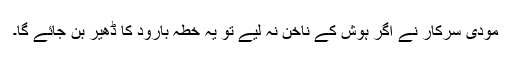
مودی سرکار نے اگر ہوش کے ناخن نہ لیے تو یہ خطہ بارود کا ڈھیر بن جائے گا۔